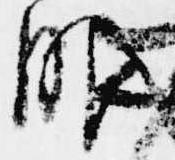
服